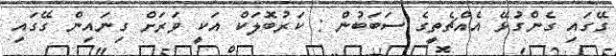
ގޭގައި ގެންގުޅޭ އެއްޗެތީގެ ސަބަބުން : ކަރުބޮލަކް އަކީ ވަރަށް ގިނައިން ގޭގައި